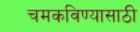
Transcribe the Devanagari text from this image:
चमकविण्यासाठी